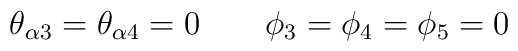
\theta_{\alpha 3}= \theta_{\alpha 4} =0 \qquad \phi_ 3=\phi_4=\phi_5=0